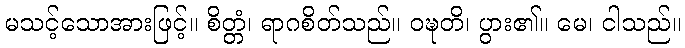
မသင့်သောအားဖြင့်။ စိတ္တံ၊ ရာဂစိတ်သည်။ ဝဍ္ဎတိ၊ ပွား၏။ မေ၊ ငါသည်။